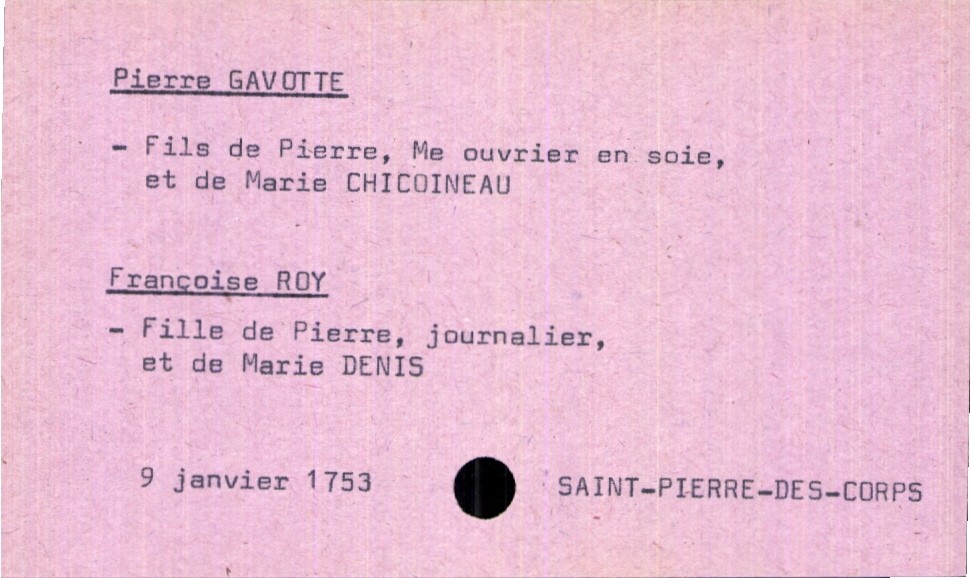
type_acte: Mariage
année: 1753
mois: janvier
jour: 9
paroisse: Saint-Pierre-des-Corps
marié_nom: Gavotte
marié_prénom: Pierre
père_marié_nom: Gavotte
père_marié_prénom: Pierre
père_marié_profession: maitre ouvrier en soie
mère_marié_nom: Chicoineau
mère_marié_prénom: Marie
mariée_nom: Roy
mariée_prénom: Françoise
père_mariée_nom: Roy
père_mariée_prénom: Pierre
père_mariée_profession: journalier
mère_mariée_nom: Denis
mère_mariée_prénom: Marie